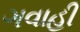
ગવાહી